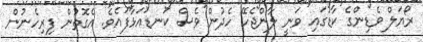
ރޯޔަލް ވެޑިންގެ ކާޑުގައި ވަނީ ލާންޖެހޭ ހެދުން ވެސް ކަނޑައަޅާފައެވެ. އެގޮތުން ފިރިހެނުން